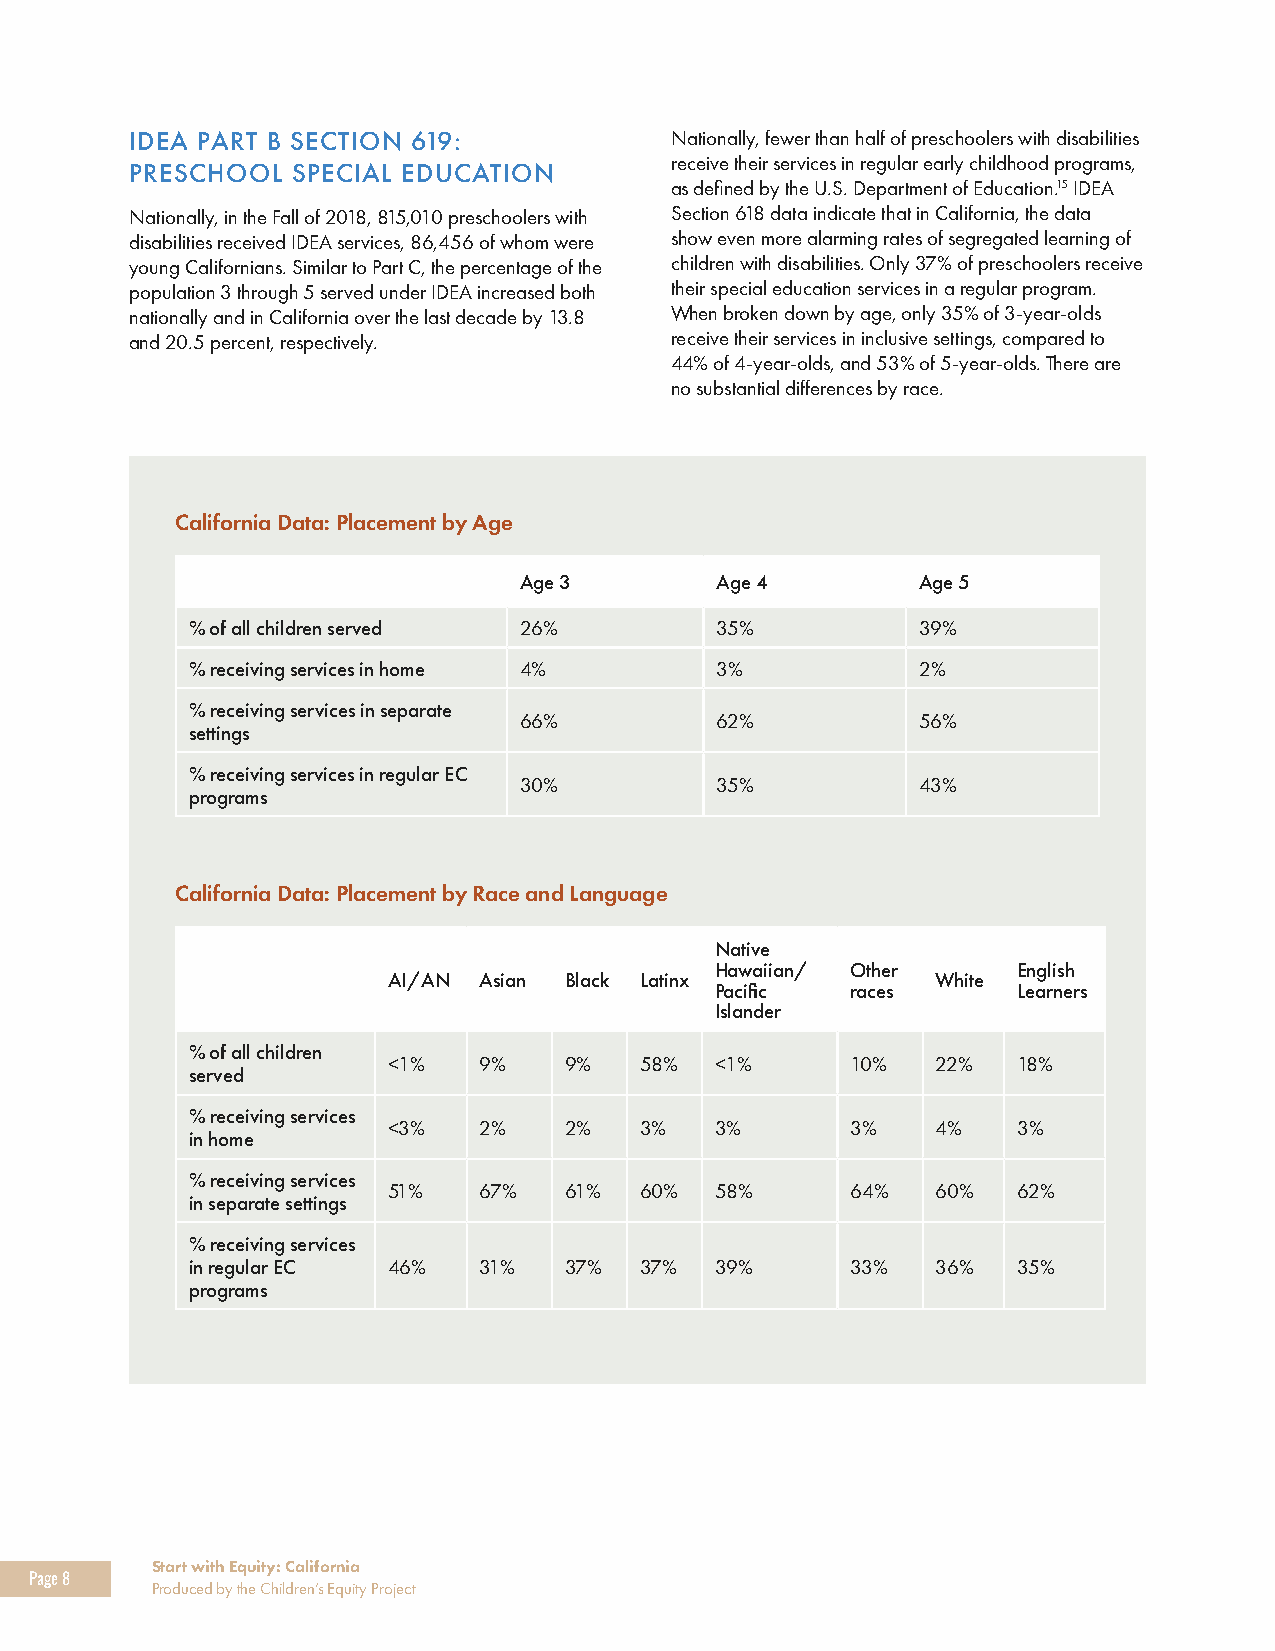
IDEA PART B SECTION 619:           Nationally, fewer than half of preschoolers with disabilities
 receive their services in regular early childhood programs,
 PRESCHOOL SPECIAL EDUCATION
 as defined by the U.S. Department of Education.15 IDEA
 Nationally, in the Fall of 2018, 815,010 preschoolers with Section 618 data indicate that in California, the data
 disabilities received IDEA services, 86,456 of whom were show even more alarming rates of segregated learning of
 young Californians. Similar to Part C, the percentage of the children with disabilities. Only 37% of preschoolers receive
 population 3 through 5 served under IDEA increased both their special education services in a regular program.
 nationally and in California over the last decade by 13.8 When broken down by age, only 35% of 3-year-olds
 and 20.5 percent, respectively.    receive their services in inclusive settings, compared to
 44% of 4-year-olds, and 53% of 5-year-olds. There are
 no substantial differences by race.
 California Data: Placement by Age
 Age 3        Age 4         Age 5
 % of all children served 26%       35%           39%
 % receiving services in home 4%    3%            2%
 % receiving services in separate
 66%          62%           56%
 settings
 % receiving services in regular EC
 30%          35%           43%
 programs
 California Data: Placement by Race and Language
 Native
 Hawaiian/ Other     English
 AI/AN Asian Black Latinx            White
 Pacific  races      Learners
 Islander
 % of all children
 <1%   9%   9%   58%  <1%      10%   22%  18%
 served
 % receiving services
 <3%   2%   2%   3%   3%       3%    4%   3%
 in home
 % receiving services
 51%   67%  61%  60%  58%      64%   60%  62%
 in separate settings
 % receiving services
 in regular EC 46%   31%  37%  37%  39%      33%   36%  35%
 programs
 Start with Equity: California
 Page 8
 Produced by the Children’s Equity Project